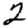
Digit: 2